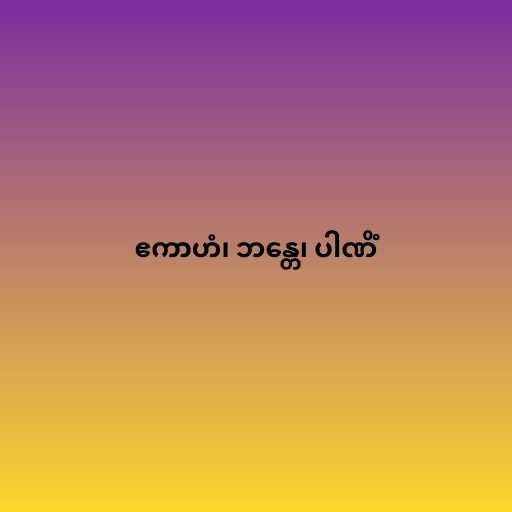
ဧကာဟံ၊ ဘန္တေ၊ ပါဏိံ